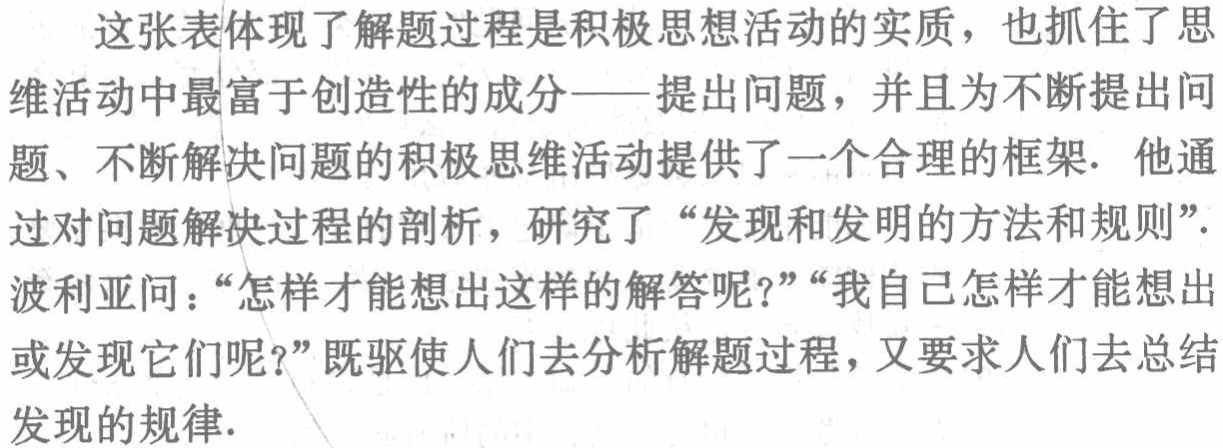
这张表体现了解题过程是积极思想活动的实质，也抓住了思维活动中最富于创造性的成分——提出问题，并且为不断提出问题、不断解决问题的积极思维活动提供了一个合理的框架. 他通过对问题解决过程的剖析，研究了“发现和发明的方法和规则”. 波利亚问：“怎样才能想出这样的解答呢？”“我自己怎样才能想出或发现它们呢？”既驱使人们去分析解题过程，又要求人们去总结发现的规律.